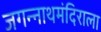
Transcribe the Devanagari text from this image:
जगन्नाथमंदिराला